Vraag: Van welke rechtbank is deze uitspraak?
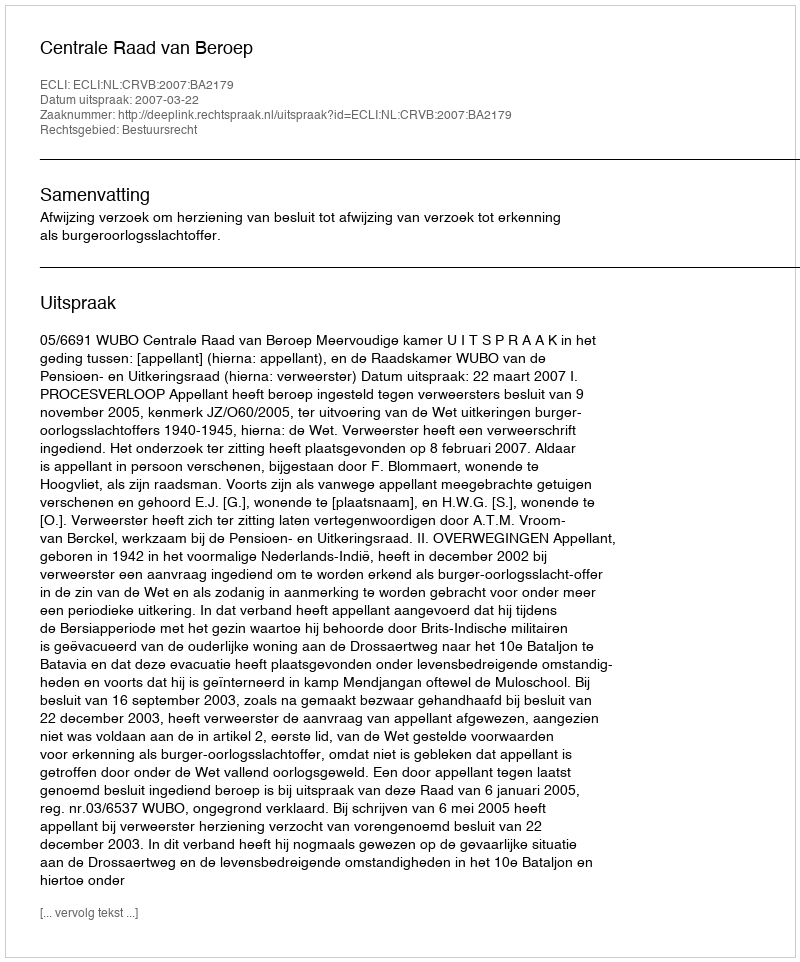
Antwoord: Centrale Raad van Beroep